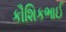
કૌશિકભાઈ